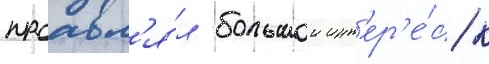
проавл'я́л большои инт'ер'е́с к